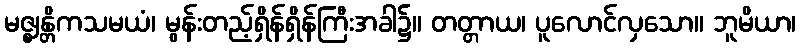
မဇ္ဈန္တိကသမယံ၊ မွန်းတည့်ရှိန်ရှိန်ကြီးအခါ၌။ တတ္တာယ၊ ပူလောင်လှသော။ ဘူမိယာ၊